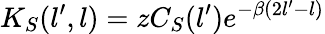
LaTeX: K_{S}(l^{\prime},l)=zC_{S}(l^{\prime})e^{-\beta(2l^{\prime}-l)}